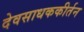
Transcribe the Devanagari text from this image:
देवसाधककीर्तन